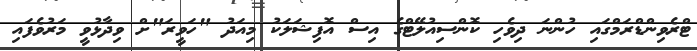
ޓްރެވިންޑްރަމްގައި ހުންނަ ދިވެހި ކޮންސިއުލޭޓްގެ އިސް އޮފިޝަލަކު މިއަދު "ހަވީރަ"ށް ވިދާޅުވީ މަރުވެފައި